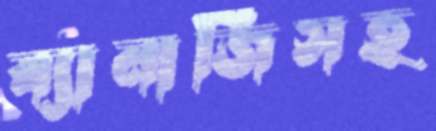
ব্যানার্জিসহ